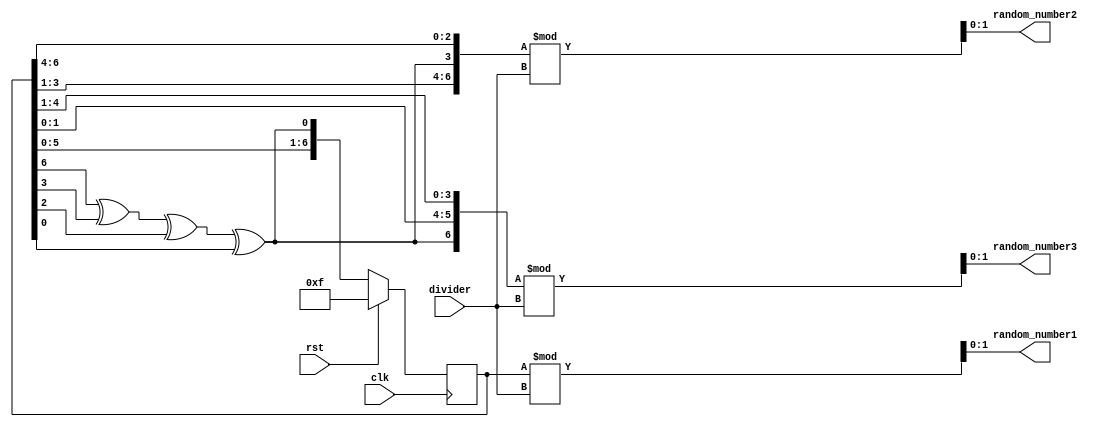
`timescale 1ns / 1ps
//////////////////////////////////////////////////////////////////////////////////
// Company: 
// Engineer: 
// 
// Design Name: 
// Module Name: random
// Project Name: 
// Target Devices: 
// Tool Versions: 
// Description: 
// 
// Dependencies: 
// 
// Revision:
// Revision 0.01 - File Created
// Additional Comments:
// 
//////////////////////////////////////////////////////////////////////////////////


module random_c #(parameter WIDTH = 2, DIV = 2) (
    input wire clk,
    input wire rst,
    input wire [(DIV - 1):0] divider,
    output wire [(WIDTH - 1):0] random_number1,
    output wire [(WIDTH - 1):0] random_number2,
    output wire [(WIDTH - 1):0] random_number3
    );
    
    reg [6:0] random, random_next, random_done;
    reg [3:0] count, count_next; //to keep track of the shifts
    
    wire feedback = random[6] ^ random[3] ^ random[2] ^ random[0]; 
     
    always @ (posedge clk)
    begin
         if (rst)
         begin
//         done <= 0;
          random <= 7'hF; //An LFSR cannot have an all 0 state, thus reset to FF
          count <= 0;
         end
          
         else
         begin
          random <= random_next;
          count <= count_next;
         end
    end
     
    always @ (*)
    begin
     random_next = random; //default state stays the same
     count_next = count;
       
      random_next = {random[5:0], feedback}; //shift left the xor'd every posedge clock
      count_next = count + 1;
     
     if (count >= 7)
     begin
      count_next = 0;
      random_done = random; //assign the random number to output after 13 shifts
      end
      else
      random_done = random;
    end
          
    assign random_number1 = random_done % divider;
    assign random_number2 = {random_done[3:1],feedback,random_done[6:4]} % divider;
    assign random_number3 = {feedback, random_done[1:0], random_done[4:1]} % divider;
     
    endmodule